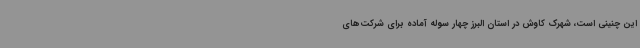
این چنینی است، شهرک کاوش در استان البرز چهار سوله آماده برای شرکت‌های